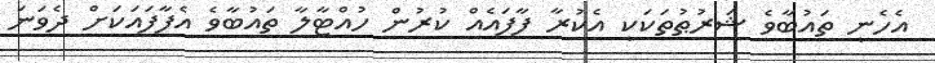
އެހެނީ ތައުބާވެ ޝަރުޠުތަކަކީ އެކުރާ ފާފައެއް ކުރުން ހުއްޓާލާ ތައުބާވެ އެފާފައަކަށް ދެވަނަ